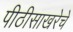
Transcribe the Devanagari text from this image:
पीठीसाखरेचे